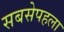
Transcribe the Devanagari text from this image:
सबसेपहला